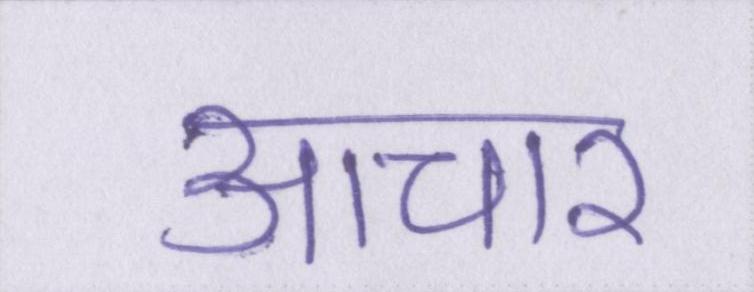
आचार